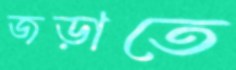
জড়াতে